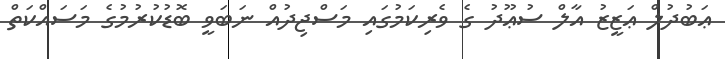
ޢަބުދުލް ޢަޒީޒު އާލް ސުޢޫދު ގެ ވެރިކަމުގައި މަސްޖިދުއް ނަބަވީ ބޮޑުކުރުމުގެ މަސައްކަތް